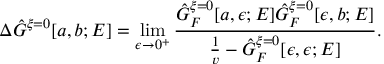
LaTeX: \Delta \hat { G } ^ { \xi = 0 } [ a , b ; E ] = \operatorname * { l i m } _ { \epsilon \rightarrow 0 ^ { + } } \frac { \hat { G } _ { F } ^ { \xi = 0 } [ a , \epsilon ; E ] \hat { G } _ { F } ^ { \xi = 0 } [ \epsilon , b ; E ] } { \frac { 1 } { v } - \hat { G } _ { F } ^ { \xi = 0 } [ \epsilon , \epsilon ; E ] } .